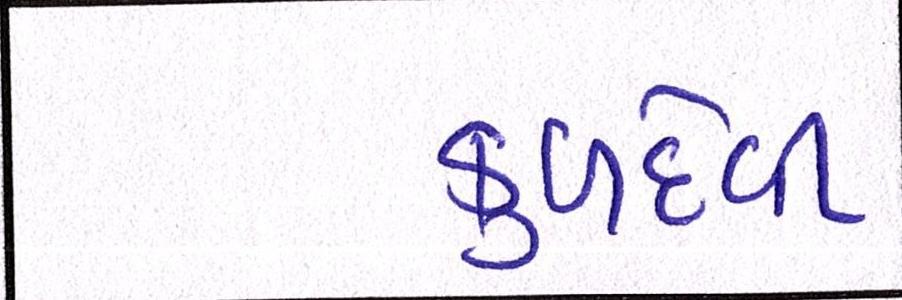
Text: કુળદેવી